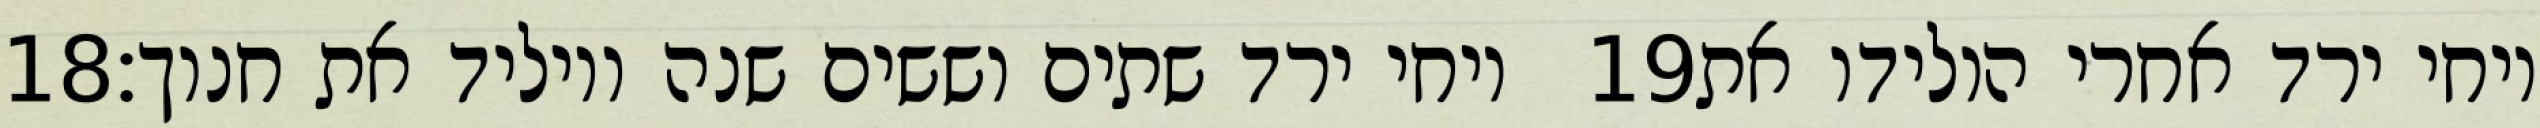
‎18‏ ויחי ירד שתים וששים שנה ויוליד את חנוך׃ ‎19‏ ויחי ירד אחרי הולידו את